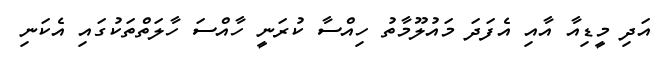
އަދި މީޑިއާ އާއި އެފަދަ މައުލޫމާތު ހިއްސާ ކުރަނީ ހާއްސަ ހާލަތްތަކުގައި އެކަނި